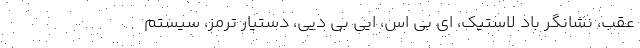
عقب، نشانگر باد لاستیک، ای بی اس، ایی بی دیی، دستیار ترمز، سیستم